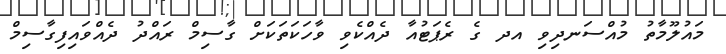
މައުލޫމާތު މުއްސަނދިވި އދ ގެ ރެޕަޓުއާ ދެއްކެވި ވާހަކަތަކަށް ގާސިމް ރައްދު ދެއްވައިފިގާސިމް